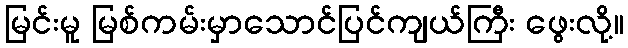
မြင်းမူ မြစ်ကမ်းမှာသောင်ပြင်ကျယ်ကြီး ဖွေးလို့။